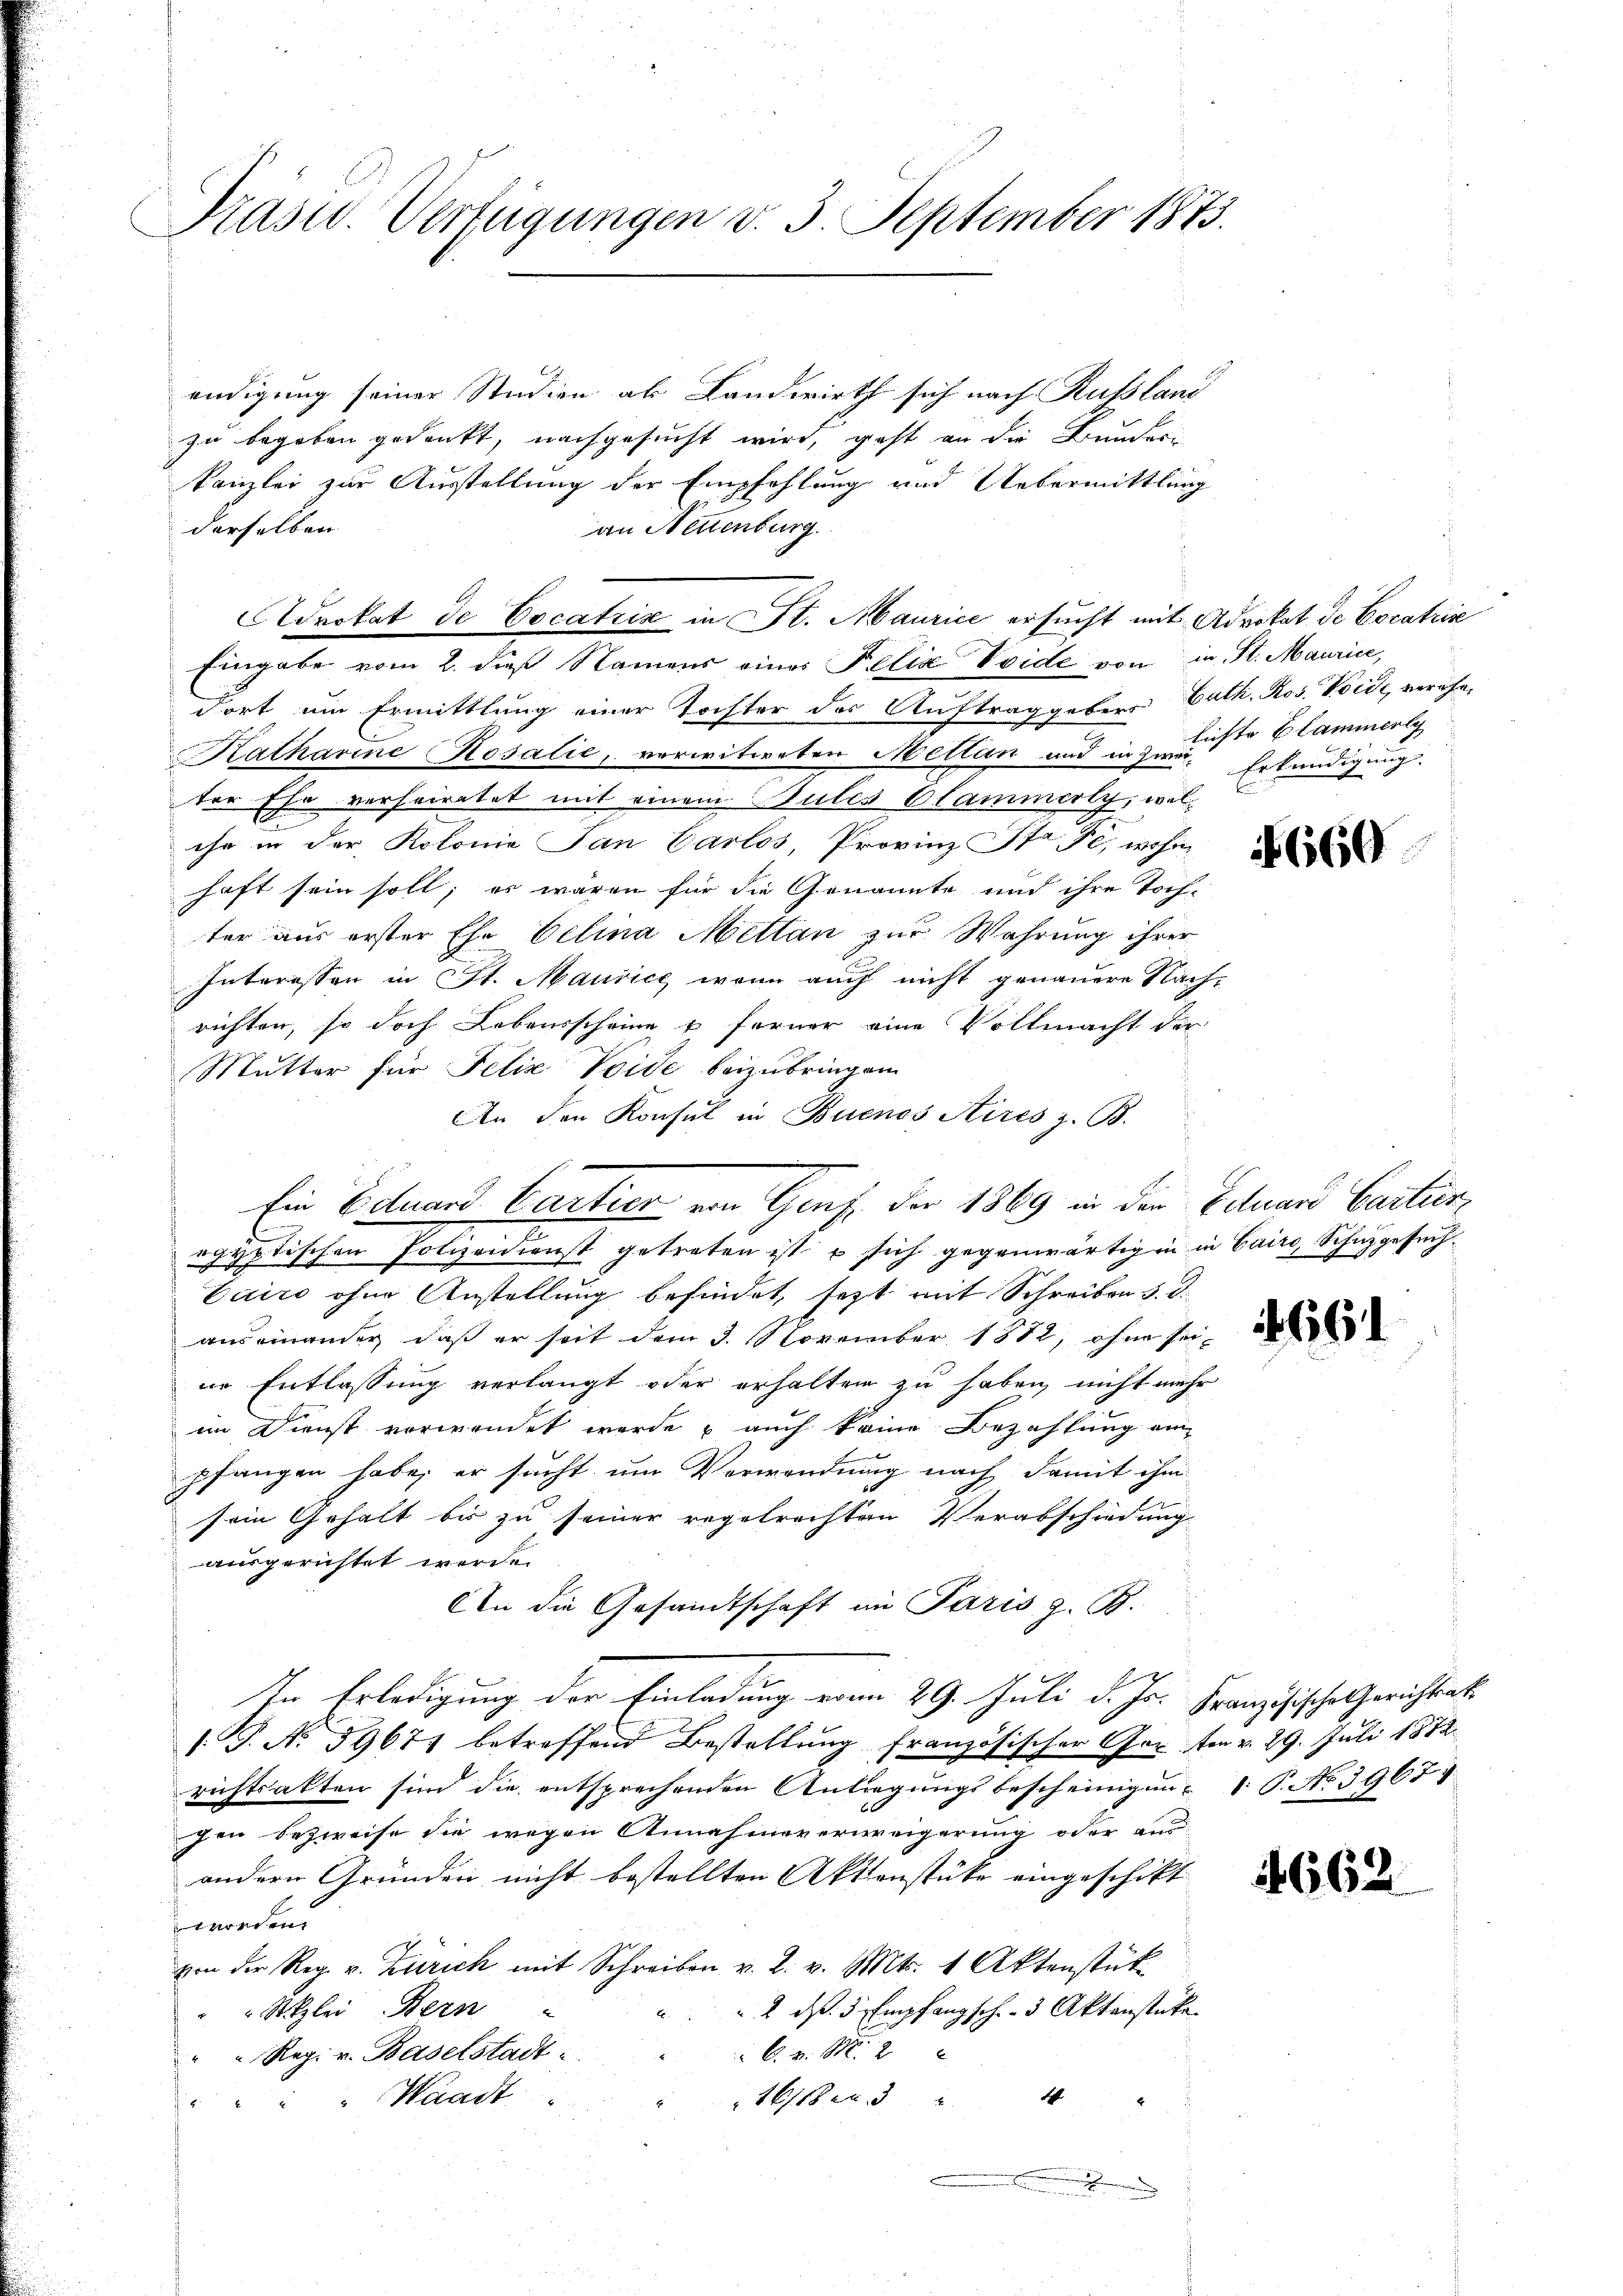
Prasw. Verfügungen d. 3 September 1873.

Ein Eduard Cartier von Genf, der 1869 in den Eduard Carties

endigung seiner Studien als Landwirth sich nach Russland
zu begeben gedankt, nachgesucht wird, geht an die Bunder
Kanzlei zur Ausstellung der Empfehlung und Uebermittlung
derselben
an Neuenburg
Advokat de Cocatriz in St. Maurice ersucht mit Advokat de Cocatris
Eingabe vom 2. dieß Namens eines Felix Voide von in St. Maurice,
dort um Ermittlung einer Tochter des Auftraggebens Cath. Ros. Voide, verähn¬
Katharine Rosalić, verwitweten Metten uns in zwei Erkundigung.
ter Ehe verheiratet mit einem Gutes Olammerly, wil
ihr in der Kolonia San Carlos, Provinz Sta Fc, wohin
haft sein soll; es wären für die Genannte und ihre Tochter aus erster Ehe belina Mittan zur Wahrung ihrer
Interessen in St. Maurice, wenn auch nicht genauere Nach-
richten, so doch Lebensscheine & ferner eine Vollmacht der
Mutter für Felix Voide beizubringen
An den Konsul in Buenos Aires z. B.
.
yptischen Polizeidienst getreten ist u sich gegenwärtigen in Cairo, Schnzgesuch¬
.
Cairo ohne Anstellung befindet, setzt mit Schreiben d. d.
auseinander, daß er seit dem 3. November 1812, ohne seiin Entlassung verlangt oder erhalten zu haben, nicht mehr
im Dienst verwendet werde, auch keine Bezahlung ein
pfangen habe, er sucht um Verwendung nach damit ihm
sein Gehalt bis zu seiner regetrachten Verabschiedung
ausgerichtet werde.
An die Gesandtschaft im Paris z. B.
In Erledigung der Einladung von 29. Juli d. Js. Französische Gerichtsat
[T. No 59671 betreffend Bestellung französischer Corten v. 29. Juli 1872.
richtsakten sind die entsprechenden Antragungsbescheinigun- 1. P. No 39671
chen bezweife die wegen Annahmeverweigerung oder aus
andern Gründen nicht bestellten Aktenstüke eingeschikt
worden.
von der Reg. v. Zürich mit Schreiben v. 2. v. Mts. 1 Aktenstück
2 d. 5 Empfangsch. - 3 Aktenstate.
Stzlei Bern
C. v. M. 2
Reg. v. Baselstadt
16/18 n 3. " "
" " " " Waadt

lüfte Blammerl

660

661

662.